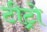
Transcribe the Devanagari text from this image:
टीट्रो